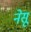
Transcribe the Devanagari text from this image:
नेसू